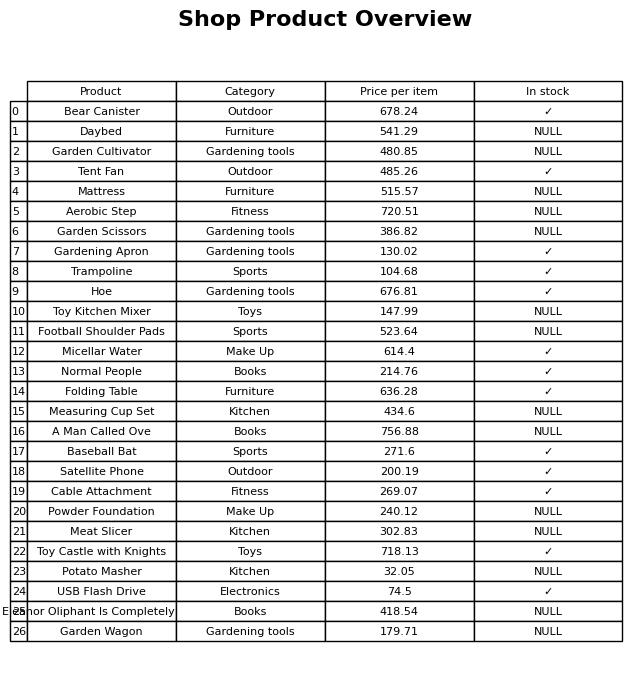
question: What is the price of the Eleanor Oliphant Is Completely Fine?
answer: The price of Eleanor Oliphant Is Completely Fine is 418.54.